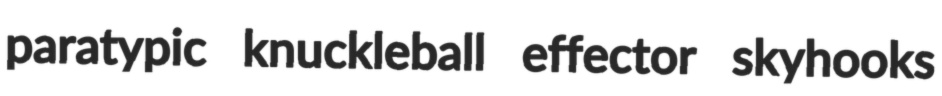
paratypic knuckleball effector skyhooks